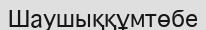
Шаушыққұмтөбе